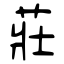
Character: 莊